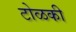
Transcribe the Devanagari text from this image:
टोळकी